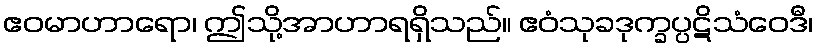
ဧဝမာဟာရော၊ ဤသို့အာဟာရရှိသည်။ ဧဝံသုခဒုက္ခပ္ပဋိသံဝေဒီ၊